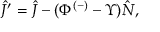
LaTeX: \hat { J } ^ { \prime } = \hat { J } - ( \Phi ^ { ( - ) } - \Upsilon ) \hat { N } ,